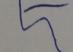
Signature authenticity: forged